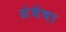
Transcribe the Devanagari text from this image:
संथेचा